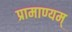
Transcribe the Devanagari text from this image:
प्रामाण्यम्